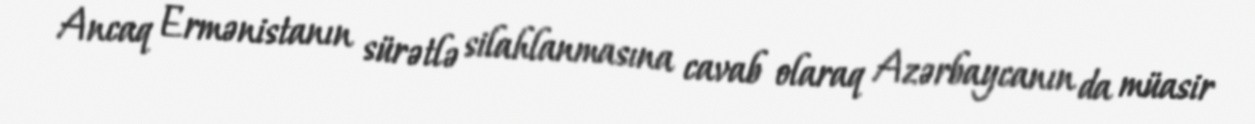
Ancaq Ermənistanın sürətlə silahlanmasına cavab olaraq Azərbaycanın da müasir